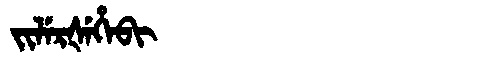
Manchu: ᠵᡳᠯᡝᡵᡧᡝᡥᡝᠪᡳ
Romanization: JILERŠEHEBI